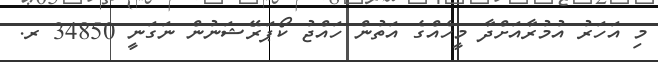
މި އަހަރު އުމުރާއަށްދާ މީހެއްގެ އަތުން ހައްޖު ކޯޕަރޭޝަނުން ނަގަނީ 34850 ރ.